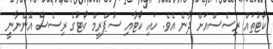
ކޯޓުތައް ރިސެސްއަށް ދާނެ އެވެ. ހައި ކޯޓާއި ސުޕްރީމް ކޯޓުގެ ރިސެސް އޮންނާނީ